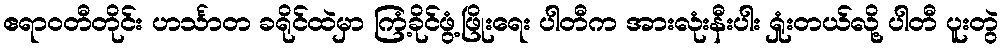
ဧရာဝတီတိုင်း ဟင်္သာတ ခရိုင်ထဲမှာ ကြံ့ခိုင်ဖွံ့ဖြိုးရေး ပါတီက အားလုံးနီးပါး ရှုံးတယ်လို့ ပါတီ ပူးတွဲ